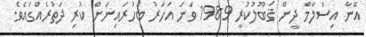
އޭނާ އިސްލާމް ދީން ޤަބޫލުކުރީ 1989 ވަނަ އަހަރު ބަހުރައިނަށް ކުރި ދަތުރެއްގައެވެ.